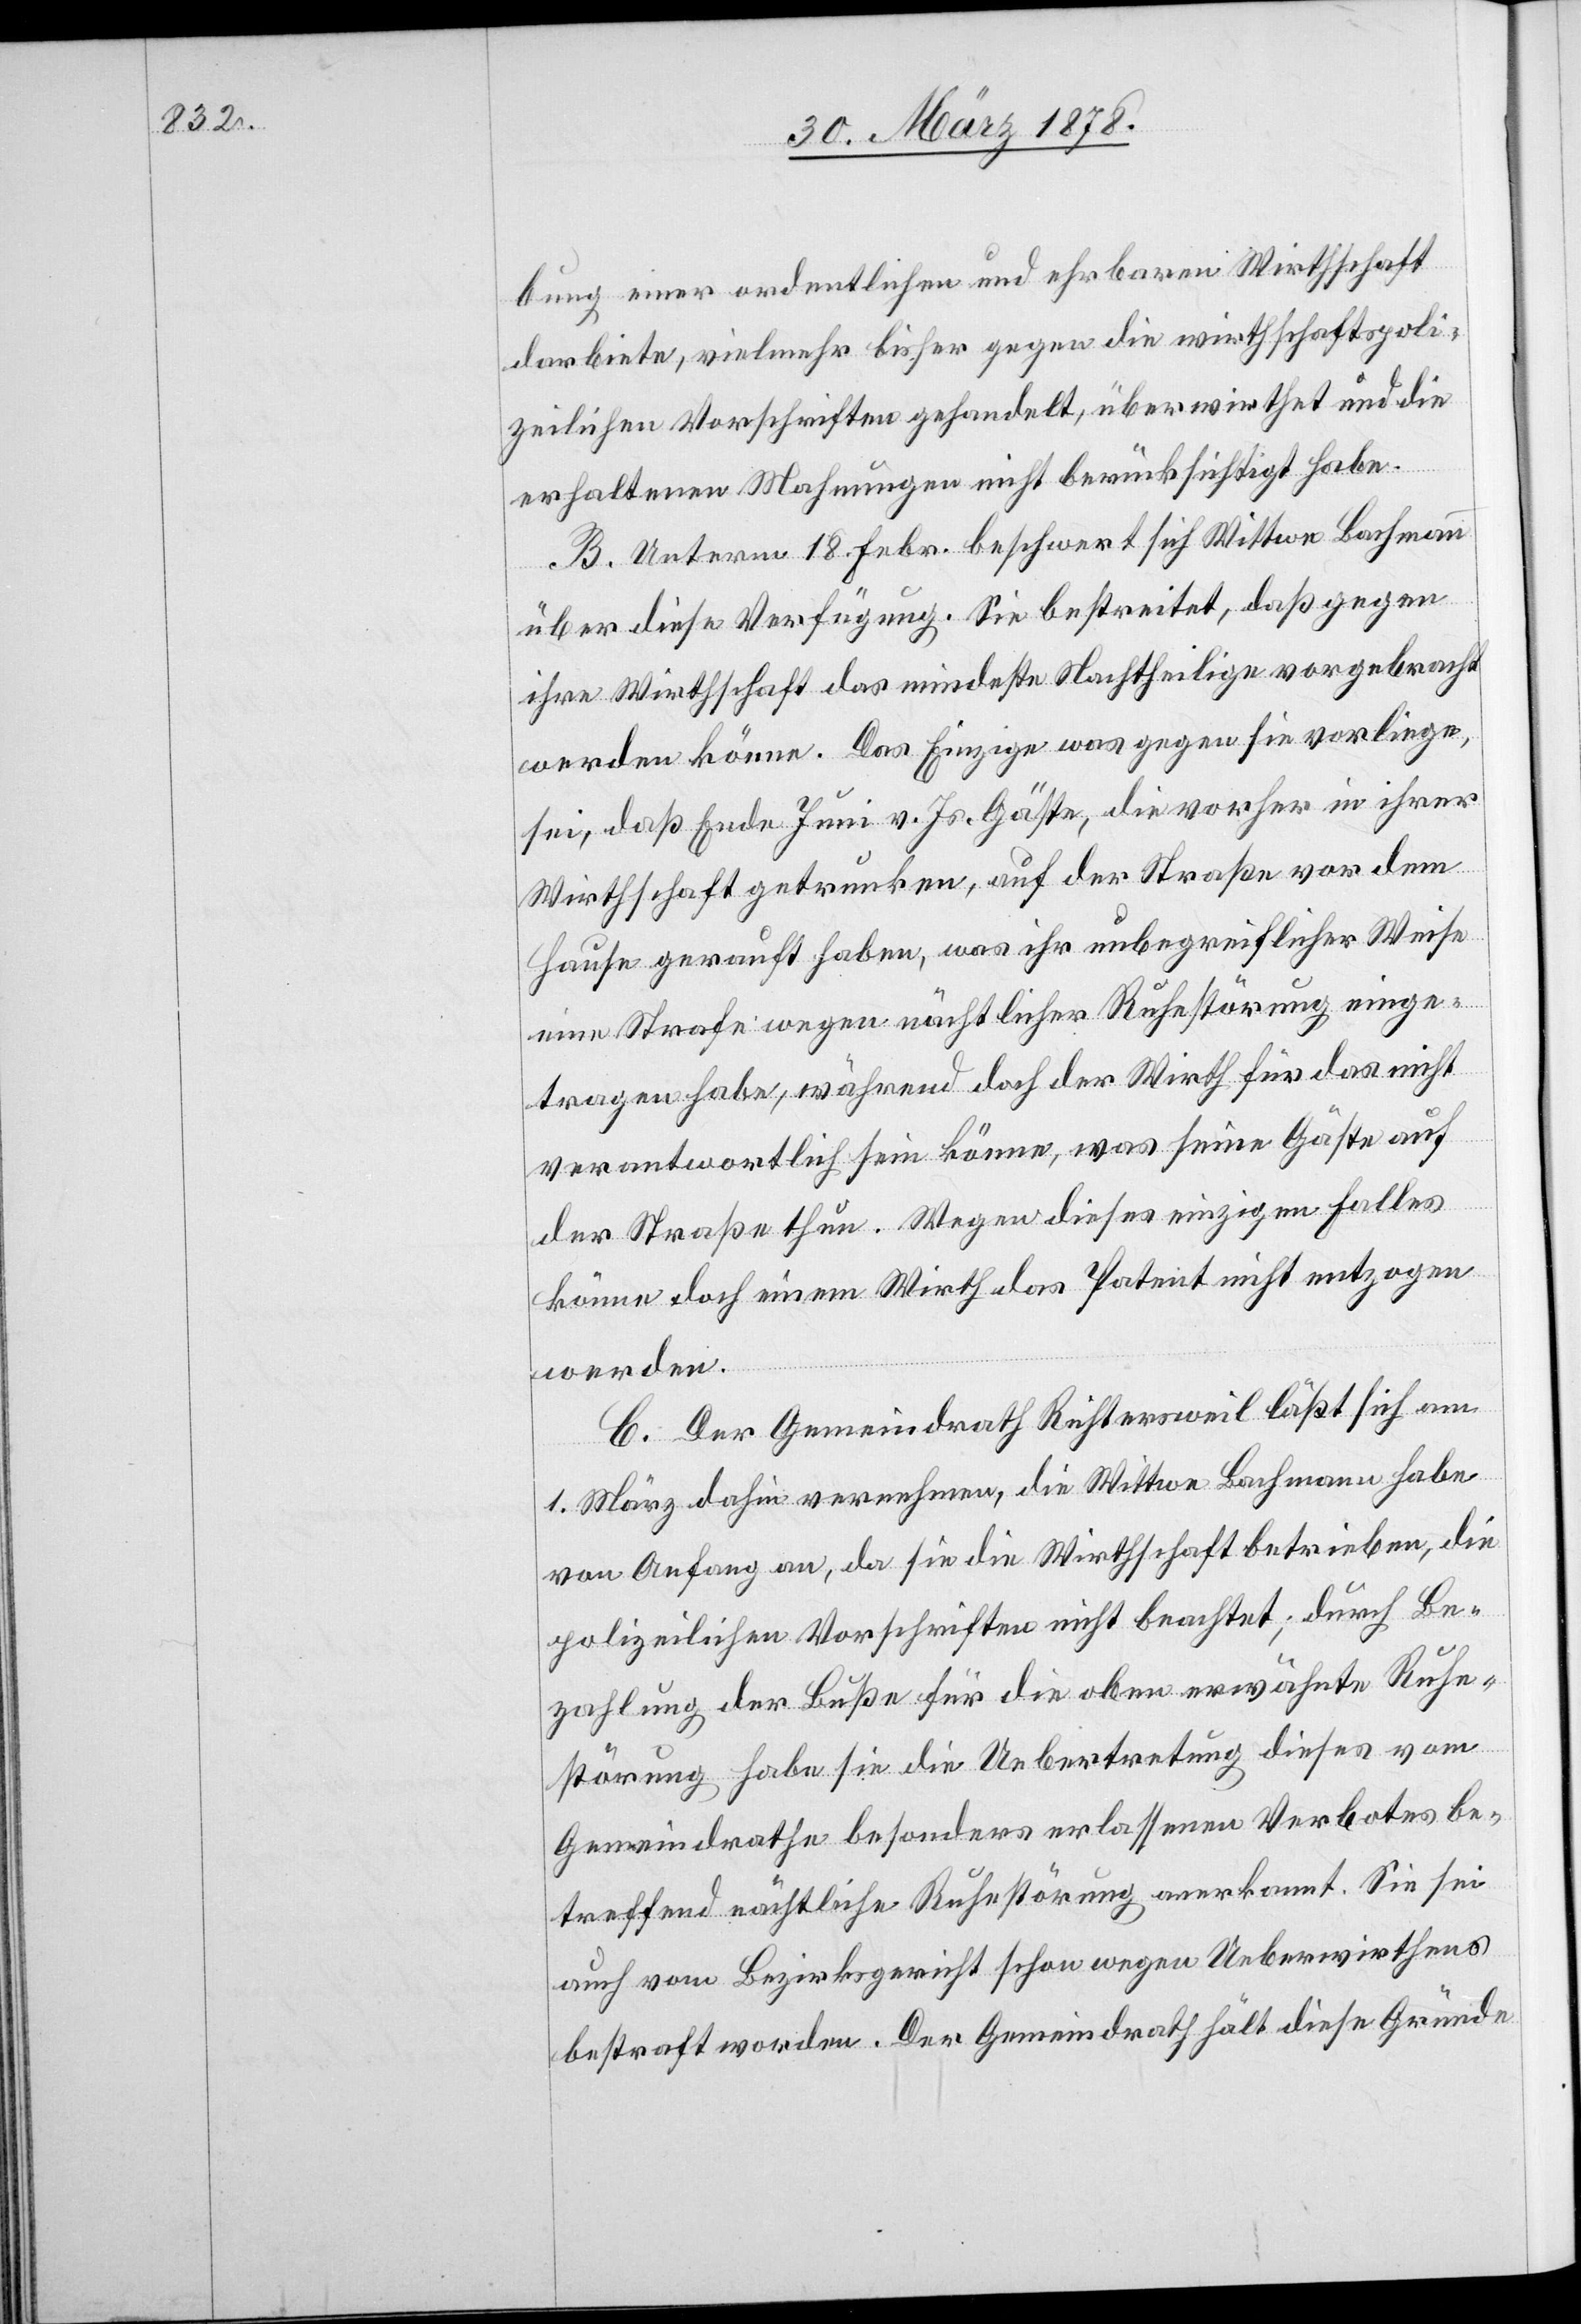
bung einer ordentlichen und ehrbaren Wirthschaft
darbiete, vielmehr bisher gegen die wirthschaftspoli¬
zeilichen Vorschriften gehandelt, überwirthet und die
erhaltenen Mahnungen nicht berücksichtigt habe.
B. Unterm 18. Febr. beschwert sich Wittwe Bachmann
über diese Verfügung. Sie bestreitet, daß gegen
ihre Wirthschaft das mindeste Nachtheilige vorgebracht
werden könne. Das Einzige was gegen sie vorliege,
sei, daß Ende Juni v. Js. Gäste, die vorher in ihrer
Wirthschaft getrunken, auf der Straße vor dem
Hause gerauft haben, was ihr unbegreiflicher Weise
eine Strafe wegen nächtlicher Ruhestörung einge¬
tragen habe, während doch der Wirth für das nicht
verantwortlich sein könne, was seine Gäste auf
der Straße thun. Wegen dieses einzigen Falles
könne doch einem Wirth das Patent nicht entzogen
werden.
C. Der Gemeindrath Richtersweil läßt sich am
1. März dahin vernehmen, die Wittwe Bachmann habe
von Anfang an, da sie die Wirthschaft betrieben, die
polizeilichen Vorschriften nicht beachtet; durch Be¬
zahlung der Buße für die oben erwähnte Ruhe¬
störung habe sie die Uebertretung dieses vom
Gemeindrathe besonders erlassenen Verbotes be¬
treffend nächtliche Ruhestörung anerkannt. Sie sei
auch vom Bezirksgericht schon wegen Ueberwirthens
bestraft worden. Der Gemeindrath hält diese Gründe